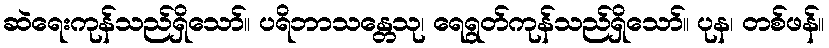
ဆဲရေးကုန်သည်ရှိသော်။ ပရိဘာသန္တေသု၊ ရေရွတ်ကုန်သည်ရှိသော်။ ပုန၊ တစ်ဖန်။